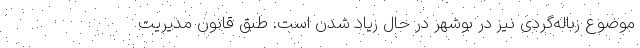
موضوع زباله‌گردی نیز در بوشهر در حال زیاد شدن است. طبق قانون مدیریت